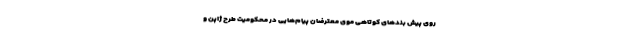
روی پیش بندهای کوتاهی موی معترضان پیام‌هایی در محکومیت طرح ژاپن و